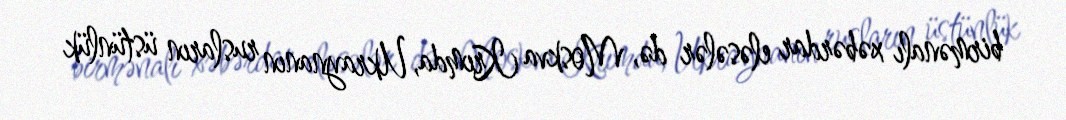
birmənalı xəbərdar eləsələr də, Moskva Krımda, Ukraynanın rusların üstünlük